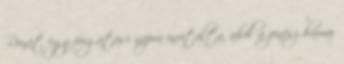
Ronát egy forgatási napra invitálta, ahol a zenész hamar